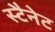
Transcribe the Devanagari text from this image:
स्टैनेट